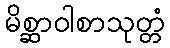
မိစ္ဆာဝါစာသုတ္တံ